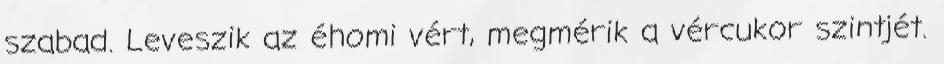
szabad. Leveszik az éhomi vért, megmérik a vércukor szintjét.